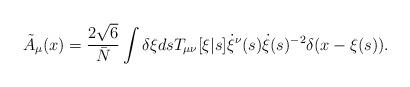
LaTeX: \begin{align*}{\tilde A}_\mu(x) = \frac{2 \sqrt{6}}{\bar{N}} \int \delta \xi ds T_{\mu\nu}[\xi|s] \dot{\xi}^\nu(s) \dot{\xi}(s)^{-2} \delta(x-\xi(s)).\end{align*}